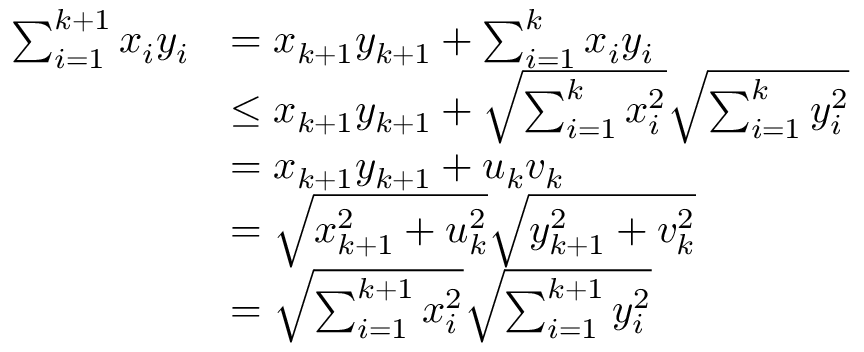
\begin{array} { r l } { \sum _ { i = 1 } ^ { k + 1 } x _ { i } y _ { i } } & { = x _ { k + 1 } y _ { k + 1 } + \sum _ { i = 1 } ^ { k } x _ { i } y _ { i } } \\ & { \le x _ { k + 1 } y _ { k + 1 } + \sqrt { \sum _ { i = 1 } ^ { k } x _ { i } ^ { 2 } } \sqrt { \sum _ { i = 1 } ^ { k } y _ { i } ^ { 2 } } } \\ & { = x _ { k + 1 } y _ { k + 1 } + u _ { k } v _ { k } } \\ & { = \sqrt { x _ { k + 1 } ^ { 2 } + u _ { k } ^ { 2 } } \sqrt { y _ { k + 1 } ^ { 2 } + v _ { k } ^ { 2 } } } \\ & { = \sqrt { \sum _ { i = 1 } ^ { k + 1 } x _ { i } ^ { 2 } } \sqrt { \sum _ { i = 1 } ^ { k + 1 } y _ { i } ^ { 2 } } } \end{array}